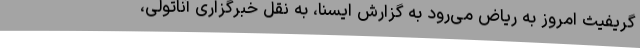
گریفیث امروز به ریاض می‌رود به گزارش ایسنا، به نقل خبرگزاری آناتولی،